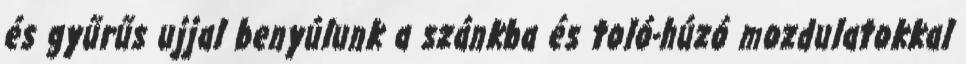
és gyűrűs ujjal benyúlunk a szánkba és toló-húzó mozdulatokkal